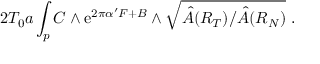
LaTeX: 2 T _ { 0 } a \int _ { p } C \wedge \mathrm { e } ^ { 2 \pi \alpha ^ { \prime } F + B } \wedge \sqrt { \hat { A } ( R _ { T } ) / \hat { A } ( R _ { N } ) } ~ .